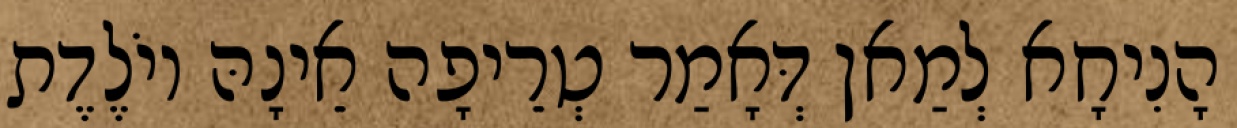
הָנִיחָא לְמַאן דְּאָמַר טְרֵיפָה אֵינָהּ יוֹלֶדֶת